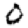
Digit: 0